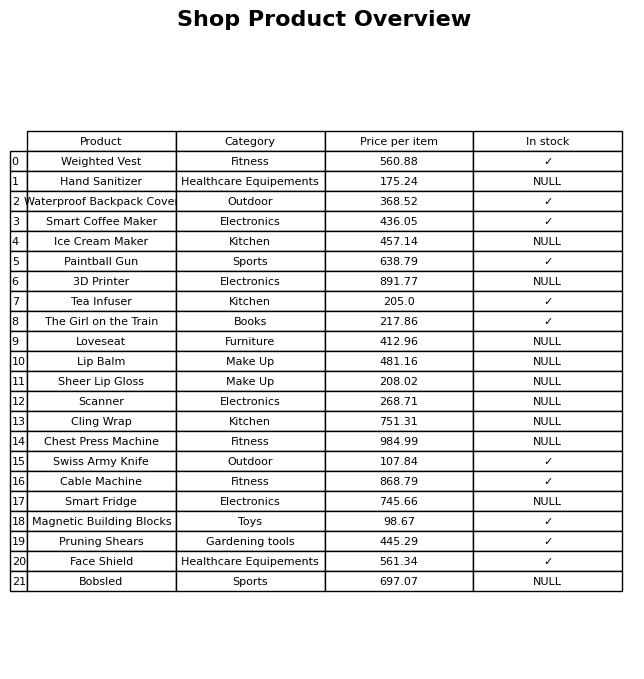
question: What is the price of the Bobsled?
answer: The price of Bobsled is 697.07.